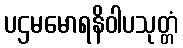
ပဌမမောရနိဝါပသုတ္တံ